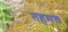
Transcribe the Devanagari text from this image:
तहमत